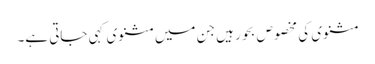
مثنوی کی مخصوص بحور ہیں جن میں مثنوی کہی جاتی ہے۔